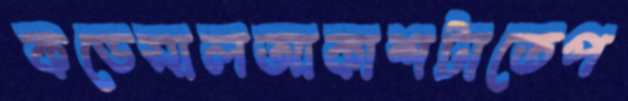
কডেসালআকাশটাতেপ